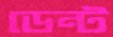
ডেন্ট